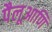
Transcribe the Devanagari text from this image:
पैलूआणि